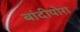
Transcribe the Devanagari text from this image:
बांदीपोरा